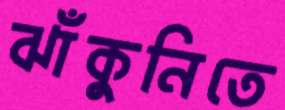
ঝাঁকুনিতে